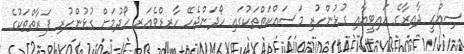
ސިއްޙީ ދާއިރާގެ އައިޓީއާއި ގުޅުންހުރި މަސައްކަތްތަކުގައި ހޯދަންޖެހޭ ހާރޑްވެއަރ ހޯދުމަށް ގުޅުންހުރި ފަރާތްތަކުގެ